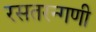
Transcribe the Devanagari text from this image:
रसतरन्गणी